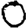
Digit: 0